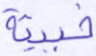
خبيثة